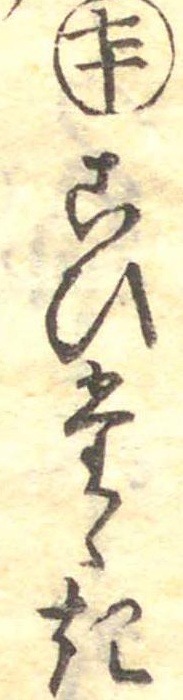
七十こひたゝき